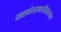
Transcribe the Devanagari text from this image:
यशवंतरावजींसारख्या